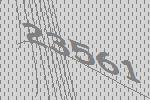
23561